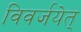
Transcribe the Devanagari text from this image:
विवर्जयेत्